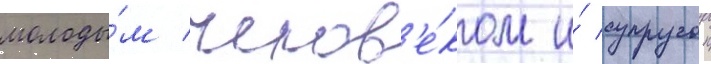
молоды́м челов'е́ком и́ супругои